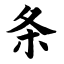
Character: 条